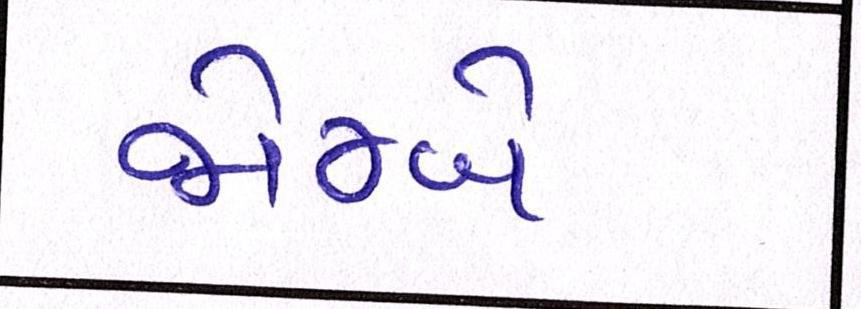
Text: જોમ્બે